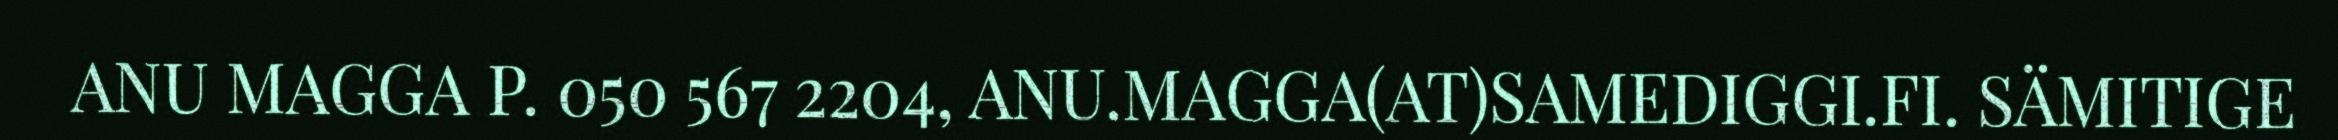
ANU MAGGA P. 050 567 2204, ANU.MAGGA(AT)SAMEDIGGI.FI. SÄMITIGE